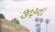
જીરૂના